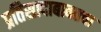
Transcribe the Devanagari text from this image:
प्रतिसादाबाबतचा